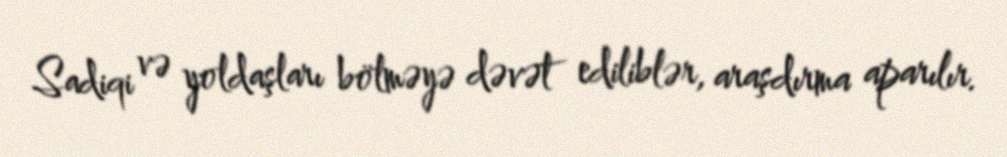
Sadiqi və yoldaşları bölməyə dəvət ediliblər, araşdırma aparılır.